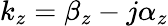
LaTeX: k_{z}=\beta_{z}-j\alpha_{z}